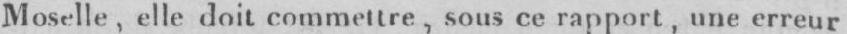
Moselle, elle doit filles sous ce rapport, une erreur